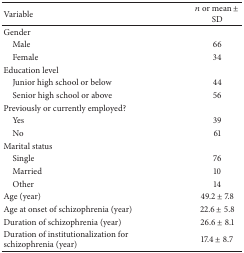
<table><thead><tr><td><b>Variable</b></td><td><b><i>n</i> or mean ± SD</b></td></tr></thead><tbody><tr><td>Gender</td><td> </td></tr><tr><td> Male</td><td>66</td></tr><tr><td> Female</td><td>34</td></tr><tr><td>Education level</td><td> </td></tr><tr><td> Junior high school or below</td><td>44</td></tr><tr><td> Senior high school or above</td><td>56</td></tr><tr><td>Previously or currently employed?</td><td> </td></tr><tr><td> Yes</td><td>39</td></tr><tr><td> No</td><td>61</td></tr><tr><td>Marital status</td><td> </td></tr><tr><td> Single</td><td>76</td></tr><tr><td> Married</td><td>10</td></tr><tr><td> Other</td><td>14</td></tr><tr><td>Age (year)</td><td>49.2 ± 7.8</td></tr><tr><td>Age at onset of schizophrenia (year)</td><td>22.6 ± 5.8</td></tr><tr><td>Duration of schizophrenia (year)</td><td>26.6 ± 8.1</td></tr><tr><td>Duration of institutionalization for schizophrenia (year)</td><td>17.4 ± 8.7</td></tr></tbody></table>